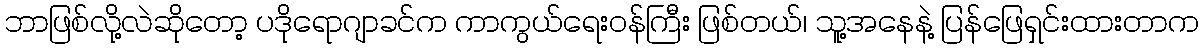
ဘာဖြစ်လို့လဲဆိုတော့ ပဒိုရောဂျာခင်က ကာကွယ်ရေးဝန်ကြီး ဖြစ်တယ်၊ သူ့အနေနဲ့ ပြန်ဖြေရှင်းထားတာက